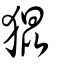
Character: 猑